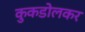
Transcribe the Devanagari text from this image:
कुकडोलकर